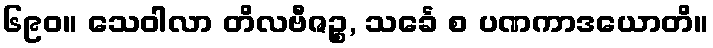
၆၉၀။ သေဝါလာ တိလဗီဇဉ္စ, သင်္ခေ စ ပဏကာဒယောတိ။